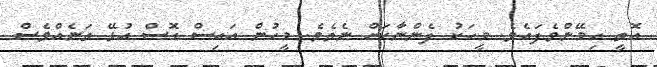
އޮތީ ހިމޭންވެފައެވެ. މީހަކު ފެންނާކަށް ނެތެވެ. މީހުން އައިސް ގޮސް އުޅޭ ތަނެއްވެސް